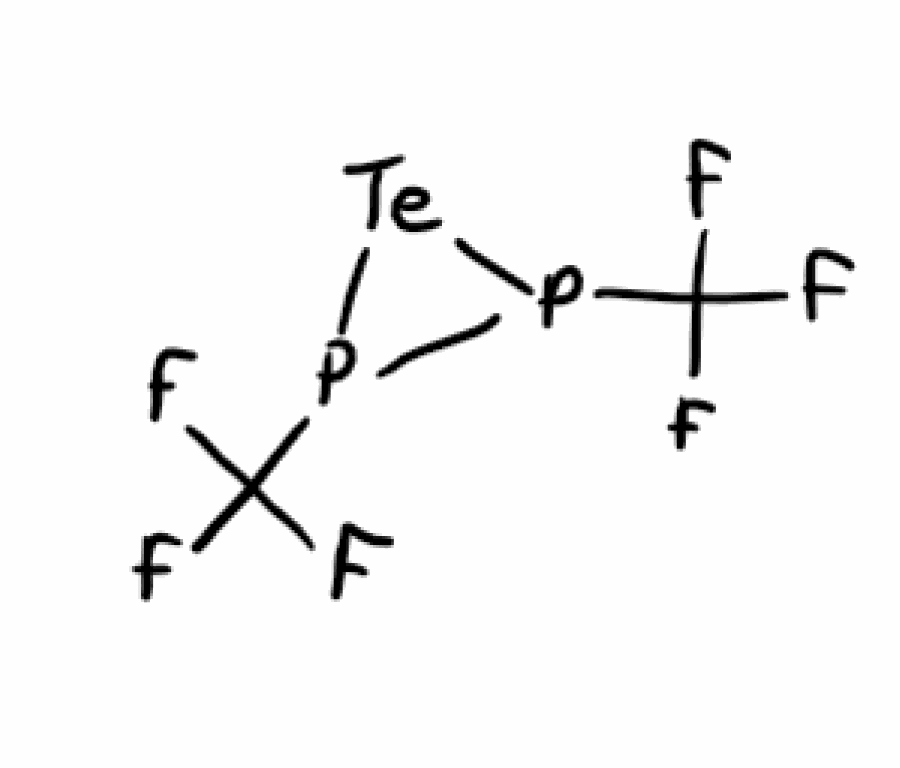
Simplified molecular-input line-entry system (SMILES) notation of the given molecule:
C(F)(F)(F)P1P([Te]1)C(F)(F)F